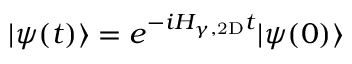
| \psi ( t ) \rangle = e ^ { - i H _ { \gamma , \mathrm { 2 D } } t } | \psi ( 0 ) \rangle